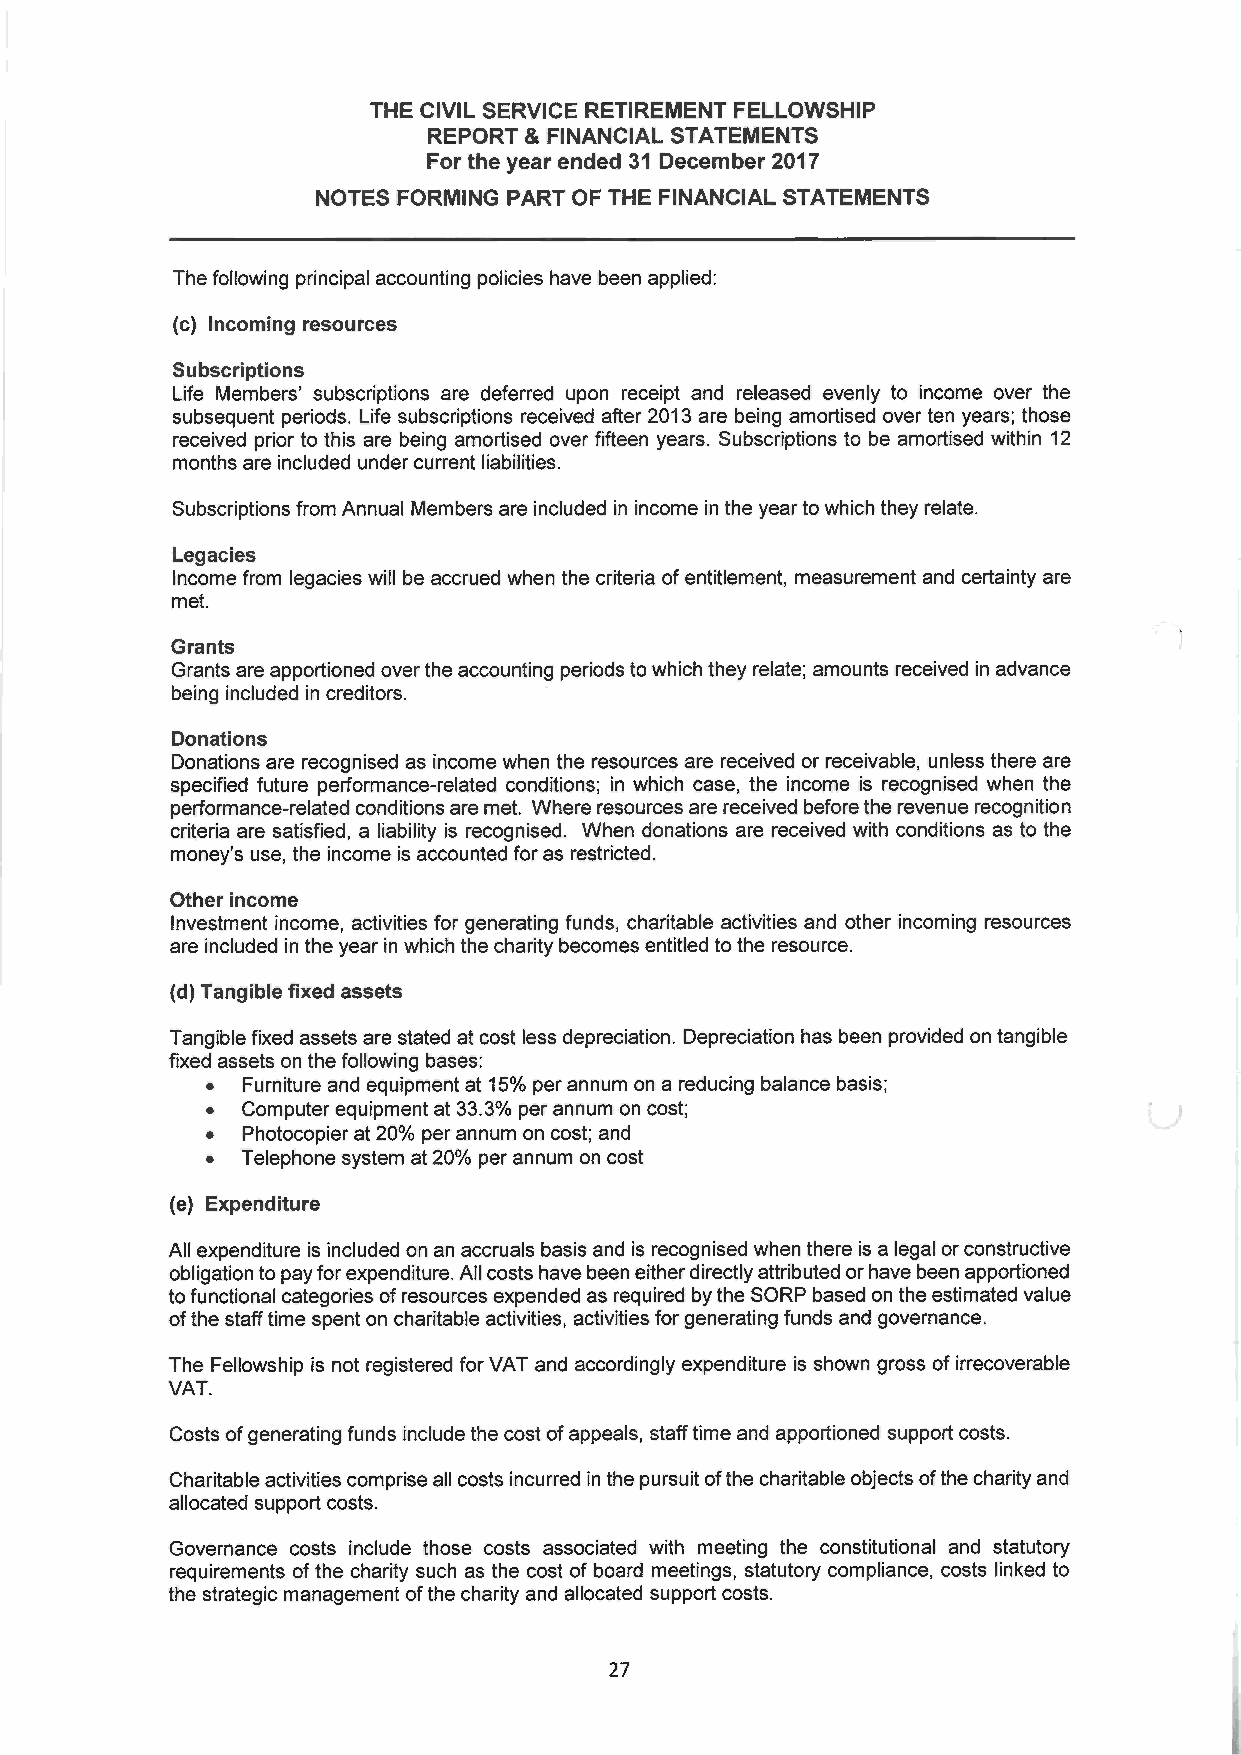
THE CIVIL SERVICE RETIREMENT FELLOWSHIP
 REPORT 8~ FINANCIAL STATEMENTS
 For the year ended 31 December 2017
 NOTES FORMING PART OF THE FINANCIAL STATEMENTS
 The following principal accounting policies have been applied
 (c) Incoming resources
 Subscriptions
 Life Members' subscriptions are deferred upon receipt and released evenly to income over the
 subsequent periods. Life subscriptions received after 2013 are being amortised over ten years; those
 received prior to this are being amortised over fifteen years. Subscriptions to be amortised within 12
 months are included under current liabilities.
 Subscriptions from Annual Members are included in income in the year to which they relate.
 Legacies
 Income from legacies will be accrued when the criteria of entitlement, measurement and certainty are
 met.
 Grants
 Grants are apportioned over the accounting periods to which they relate; amounts received in advance
 being included in creditors.
 Donations
 Donations are recognised as income when the resources are received or receivable, unless there are
 specified future performance-related conditions; in which case, the income is recognised when the
 performance-related conditions are met. Where resources are received before the revenue recognition
 criteria are satisfied, a liability is recognised. When donations are received with conditions as to the
 money's use, the income is accounted for as restricted.
 Other income
 Investment income, activities for generating funds, charitable activities and other incoming resources
 are included in the year in which the charity becomes entitled to the resource.
 (d) Tangible fixed assets
 Tangible fixed assets are stated at cost less depreciation. Depreciation has been provided on tangible
 fixed assets on the following bases:
 •  Furniture and equipment at 15% per annum on a reducing balance basis;
 •  Computer equipment at 33.3% per annum on cost;
 •  Photocopier at 20% per annum on cost; and
 •  Telephone system at 20% per annum on cost
 (e) Expenditure
 All expenditure is included on an accruals basis and is recognised when there is a legal or constructive
 obligation to pay for expenditure. All costs have been either directly attributed or have been apportioned
 to functional categories of resources expended as required by the SORP based on the estimated value
 of the staff time spent on charitable activities, activities for generating funds and governance.
 The Fellowship is not registered for VAT and accordingly expenditure is shown gross of irrecoverable
 VAT.
 Costs of generating funds include the cost of appeals, staff time and apportioned support costs.
 Charitable activities comprise all costs incurred in the pursuit of the charitable objects of the charity and
 allocated support costs.
 Governance costs include those costs associated with meeting the constitutional and statutory
 requirements of the charity such as the cost of board meetings, statutory compliance, costs linked to
 the strategic management of the charity and allocated support costs.
 27